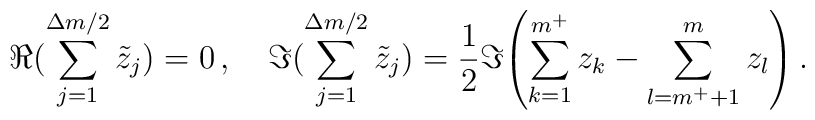
\Re{(\sum_{j=1}^{\Delta m/2} \tilde z_j)} = 0 \, , \quad \Im{(\sum_{j=1}^{\Delta m/2} \tilde z_j)} = \frac{1}{2}  \Im{\left( \sum_{k=1}^{m^+} z_k - \sum_{l=m^+ + 1}^{m} z_l \right) } \, .